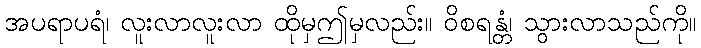
အပရာပရံ၊ လူးလာလူးလာ ထိုမှဤမှလည်း။ ဝိစရန္တံ၊ သွားလာသည်ကို။